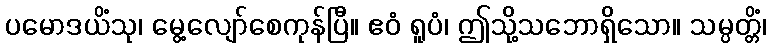
ပမောဒယိံသု၊ မွေ့လျော်စေကုန်ပြီ။ ဧဝံ ရူပံ၊ ဤသို့သဘောရှိသော။ သမ္ပတ္တိံ၊